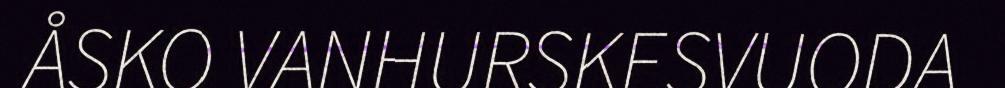
ÅSKO VANHURSKESVUODA